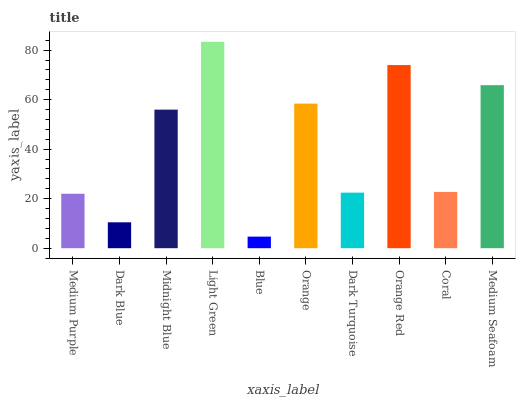
| xaxis_label | bars |
 | --- | --- |
 | Medium Purple | 22 |
 | Dark Blue | 10.5 |
 | Midnight Blue | 56 |
 | Light Green | 83.3 |
 | Blue | 4.68 |
 | Orange | 58.4 |
 | Dark Turquoise | 22.4 |
 | Orange Red | 74 |
 | Coral | 22.7 |
 | Medium Seafoam | 65.8 |